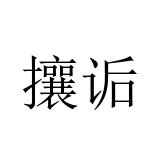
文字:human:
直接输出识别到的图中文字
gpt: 攘诟